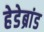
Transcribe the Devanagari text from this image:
हेडेब्रांड